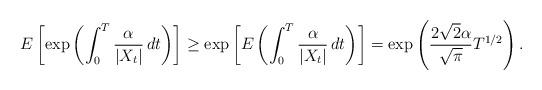
LaTeX: \begin{align*}E\left[\exp\left(\int_0^T\frac{\alpha}{|X_t|}\,dt\right)\right] \geq \exp\left[E\left(\int_0^T\frac{\alpha}{|X_t|}\,dt\right)\right] = \exp\left(\frac{2\sqrt{2}\alpha}{\sqrt{\pi}}T^{1/2}\right).\end{align*}